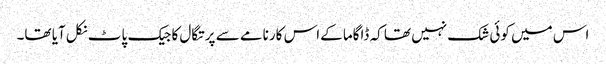
اس میں کوئی شک نہیں تھا کہ ڈاگاما کےاس کارنامے سے پرتگال کا جیک پاٹ نکل آیا تھا۔